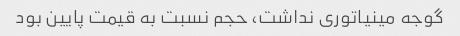
گوجه مینیاتوری نداشت، حجم نسبت به قیمت پایین بود